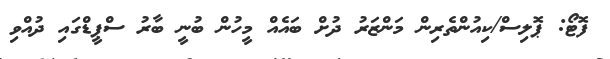
ފޮޓޯ: ޕޮލިސް/ކިއުންތެރިން މަންޒަރު ދުށް ބައެއް މީހުން ބުނީ ބާރު ސްޕީޑްގައި ދުއްވި